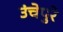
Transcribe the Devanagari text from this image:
उंचेपुरे